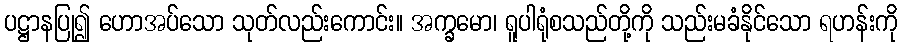
ပဋ္ဌာနပြု၍ ဟောအပ်သော သုတ်လည်းကောင်း။ အက္ခမော၊ ရူပါရုံစသည်တို့ကို သည်းမခံနိုင်သော ရဟန်းကို